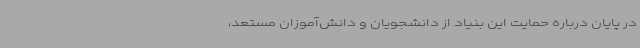
در پایان درباره حمایت این بنیاد از دانشجویان و دانش‌آموزان مستعد،